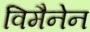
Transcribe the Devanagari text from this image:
विमैनेन